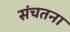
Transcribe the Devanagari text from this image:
संचतना